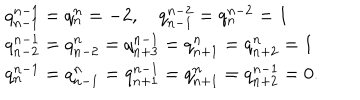
\begin{array} { l c r } { { q _ { n - 1 } ^ { n - 1 } = q _ { n } ^ { n } = - 2 , \quad q _ { n - 1 } ^ { n - 2 } = q _ { n } ^ { n - 2 } = 1 } } \\ { { q _ { n - 2 } ^ { n - 1 } = q _ { n - 2 } ^ { n } = q _ { n + 3 } ^ { n - 1 } = q _ { n + 1 } ^ { n } = q _ { n + 2 } ^ { n } = 1 } } \\ { { q _ { n } ^ { n - 1 } = q _ { n - 1 } ^ { n } = q _ { n + 1 } ^ { n - 1 } = q _ { n + 1 } ^ { n } = q _ { n + 2 } ^ { n - 1 } = 0 . } } \\ \end{array}